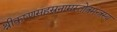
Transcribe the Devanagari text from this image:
श्रीकृष्णसहस्रनामस्तोत्रमन्त्रस्य